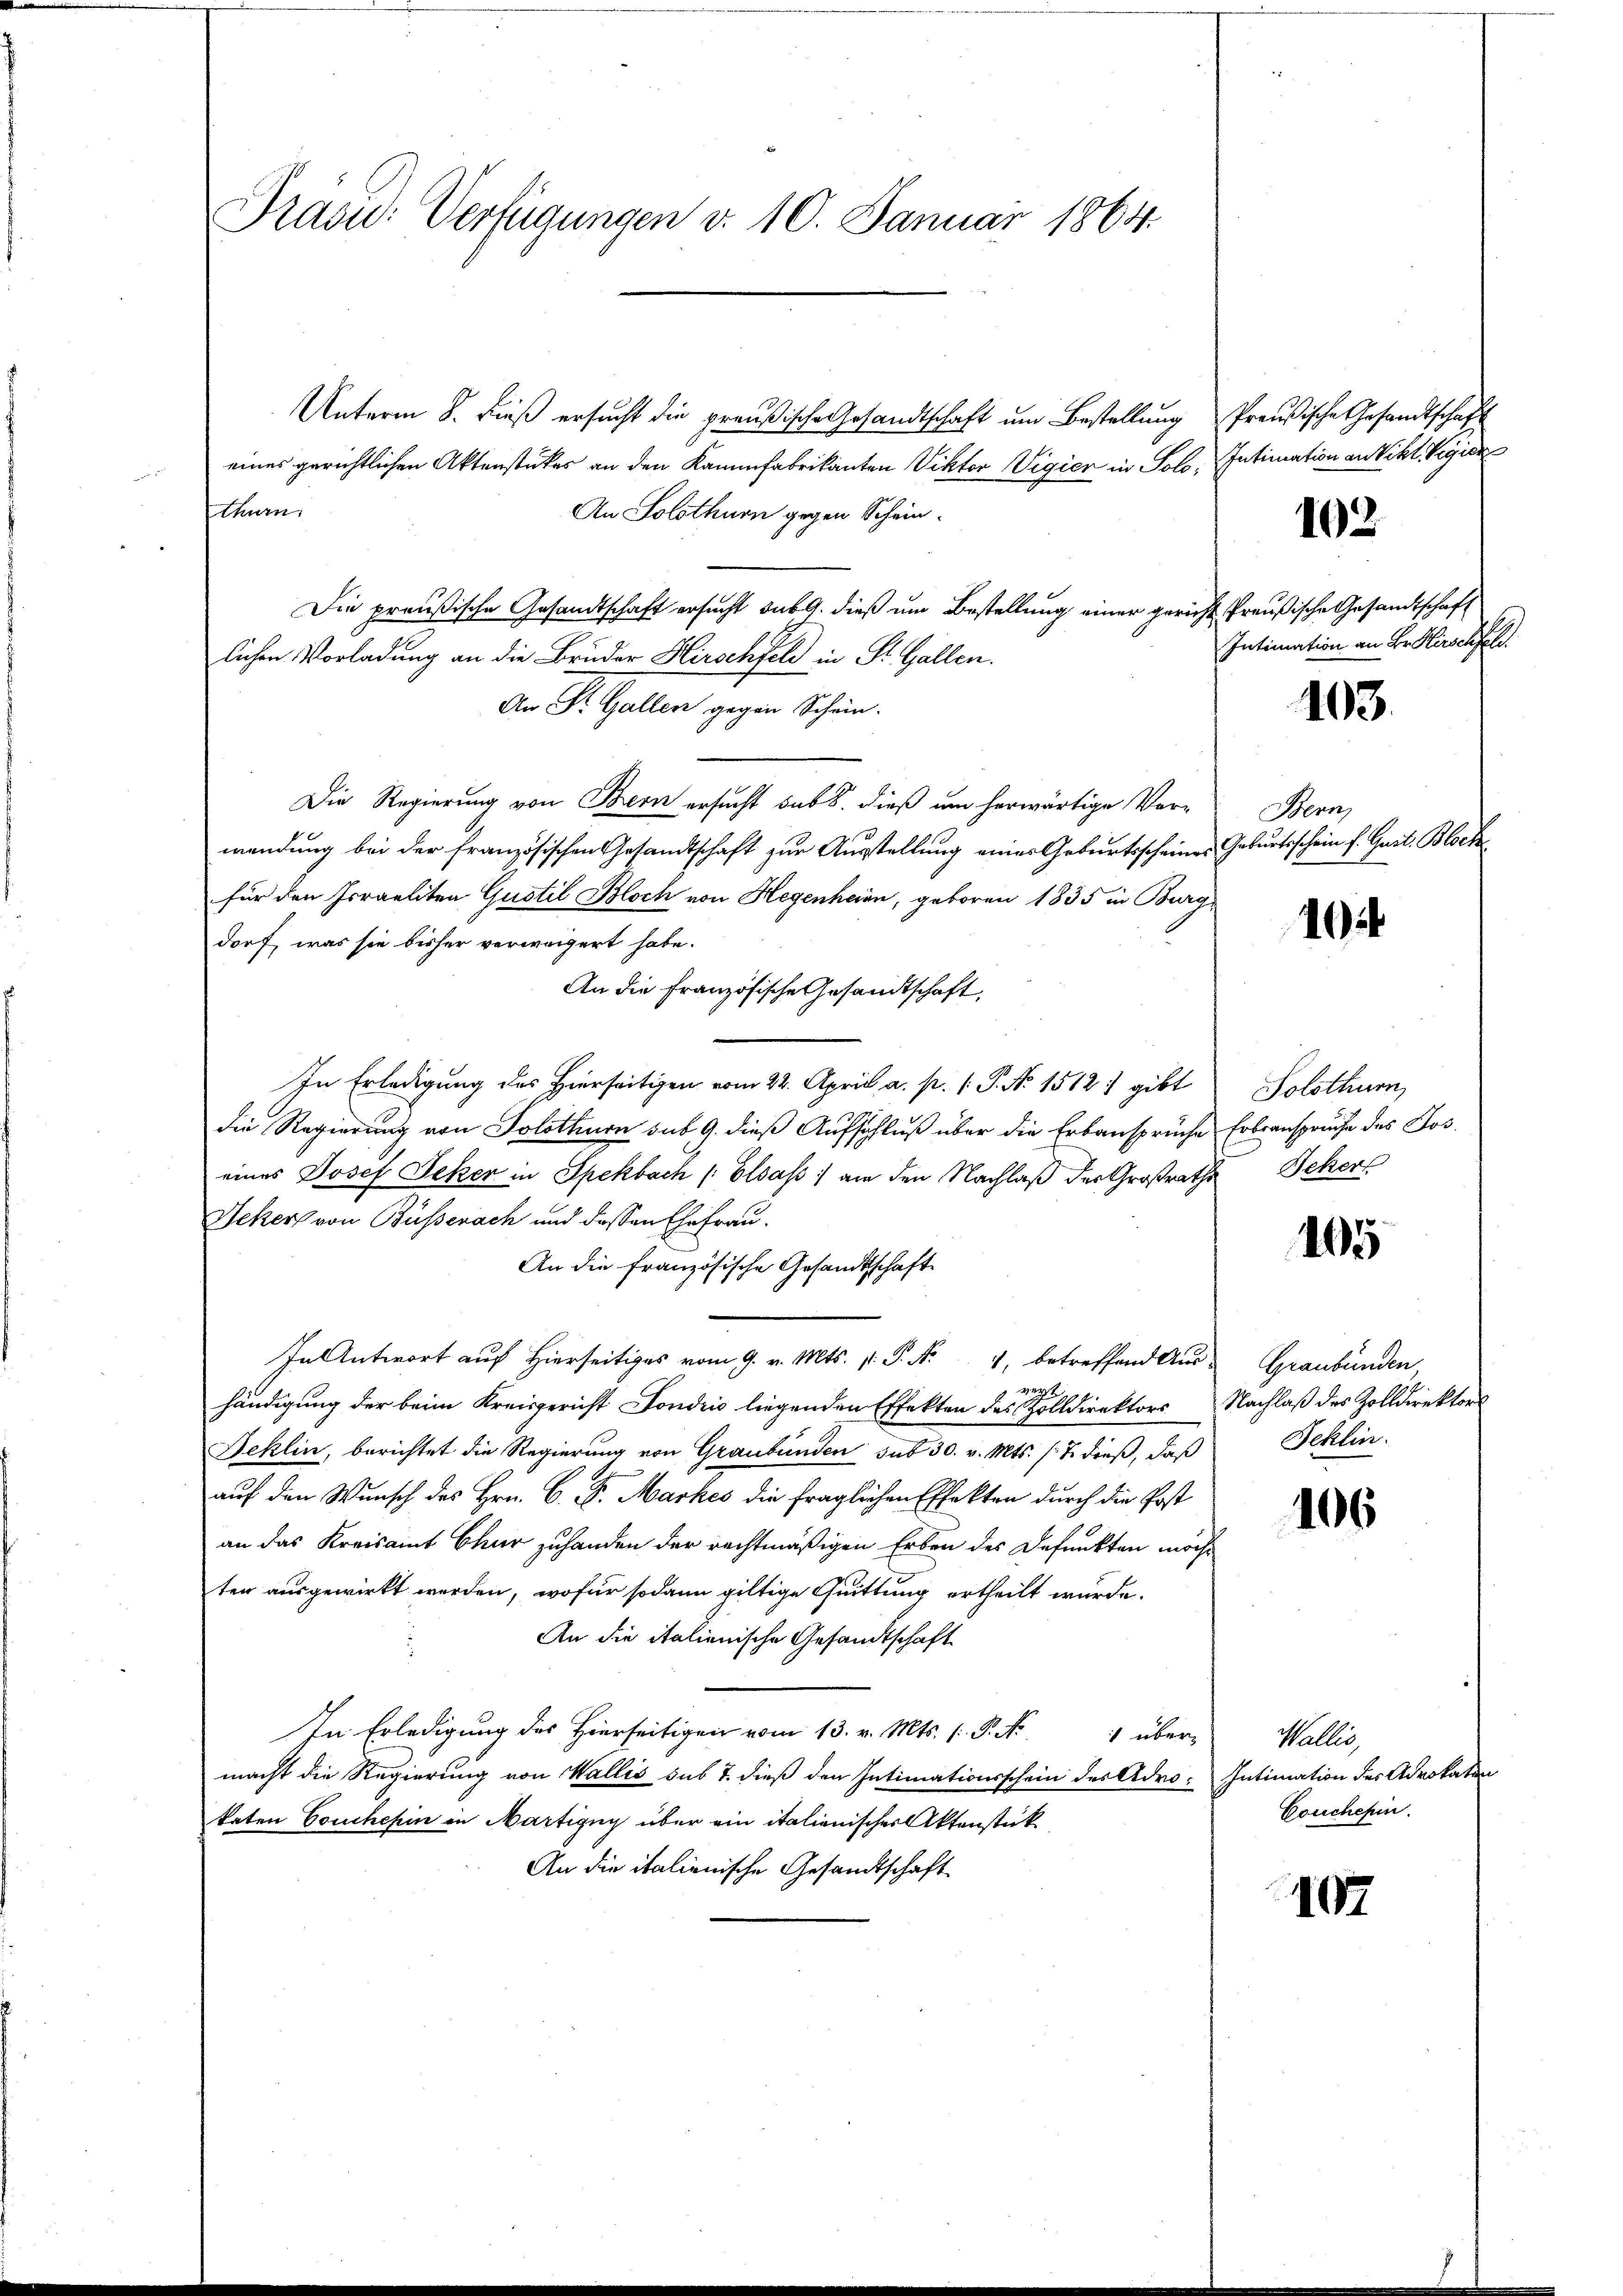
Präsid.: Verfügungen d. 10. Januar 1864

Unterm 8. Fuß ersucht die preußische Gesandtschaft um Bestellung Preußische Gesandtschaft
eines gerichtlichen Aktenstückes an den Kammfabrikanten Viktor Vigier in Solo, Intimation an Vikt. Vigier
thurn.
An Solothurn gegen Schein-
Die preußische Gesandtschaft ersucht sub 9. dieß um Bestellung einer gericht Preußische Gesandtschaft
lichen Vorladung an die Bruder Hirschfeld in St. Gallen.
An St. Gallen gegen Schein.
Die Regierung von Bern ersucht sub 8. dieß um herwärtige Vor-
wendung bei der französischen Gesandtschaft zur Ausstellung eines Geburtsscheines Geburtsschein f. Gart. Block
für den Israeliten Gustil Bloch von Hegenhein, geboren 1835 in Burg-
dorf, was sie bisher verweigert habe.
An die französische Gesandtschaft,
In Erledigung des Hierseitigen vom 22. April a. p. 1. P. Nr. 1512, gibt Solothurn,
die Regierung von Solothurn sub 9. dieß Aufschluß über die Erbansprüche Erbranspruche des Jos.
eines Josef Seker in Spekbach Elsaß :/ an den Nachlaß der Großraths Scher
Jekers von Büssenach und dessen Ehefrau.
An die französische Gesandtschaft
In Antwort auf hierseits vom 9. v. Mts. v. P. Nr. 4, betreffend Aus Graubünden,
wegt.
händigung der beim Kreisgericht Fondris liegenden Effekten des Zolldirektors Nachlaß des Zolldirektor
Jeklin, berichtet die Regierung von Graubünden sub 30. v. Mts. (T. dieß, daß Jeklin.
auf den Wunsch des Hrn. C. D. Markes die fraglichen Effekten durch die Post
an das Kreisamt Chur zuhanden der rechtmäßigen Erben des Defunkten möcht
ten ausgewirkt werden, wofür sodann giltige Quittung ertheilt wurde.
An die italienische Gesandtschaft
In Erledigung des hierseitigen vom 13. v. Mts. 1. P. Nr. 1 über Wallis,
macht die Regierung von Wallis sub 7. dieß den Intimationsschein des Adro: Intimation des Advokaten
taten Coucherin in Martigny über ein italienischer Aktenstük¬
An die italienische Gesandtschaft

162.

Intimation an Hr. Hirschfeld.

103.

Bern,

404

5

106

Couchepin.

107